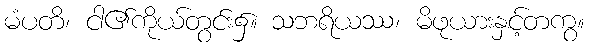
မံပတိ၊ ငါ၏ကိုယ်တွင်း၌။ သဘရိယဿ၊ မိဖုယားနှင့်တကွ။